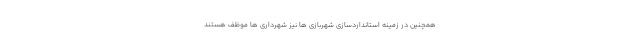
همچنین در زمینه استانداردسازی شهربازی ها نیز شهرداری ها موظف هستند